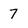
Character: 7